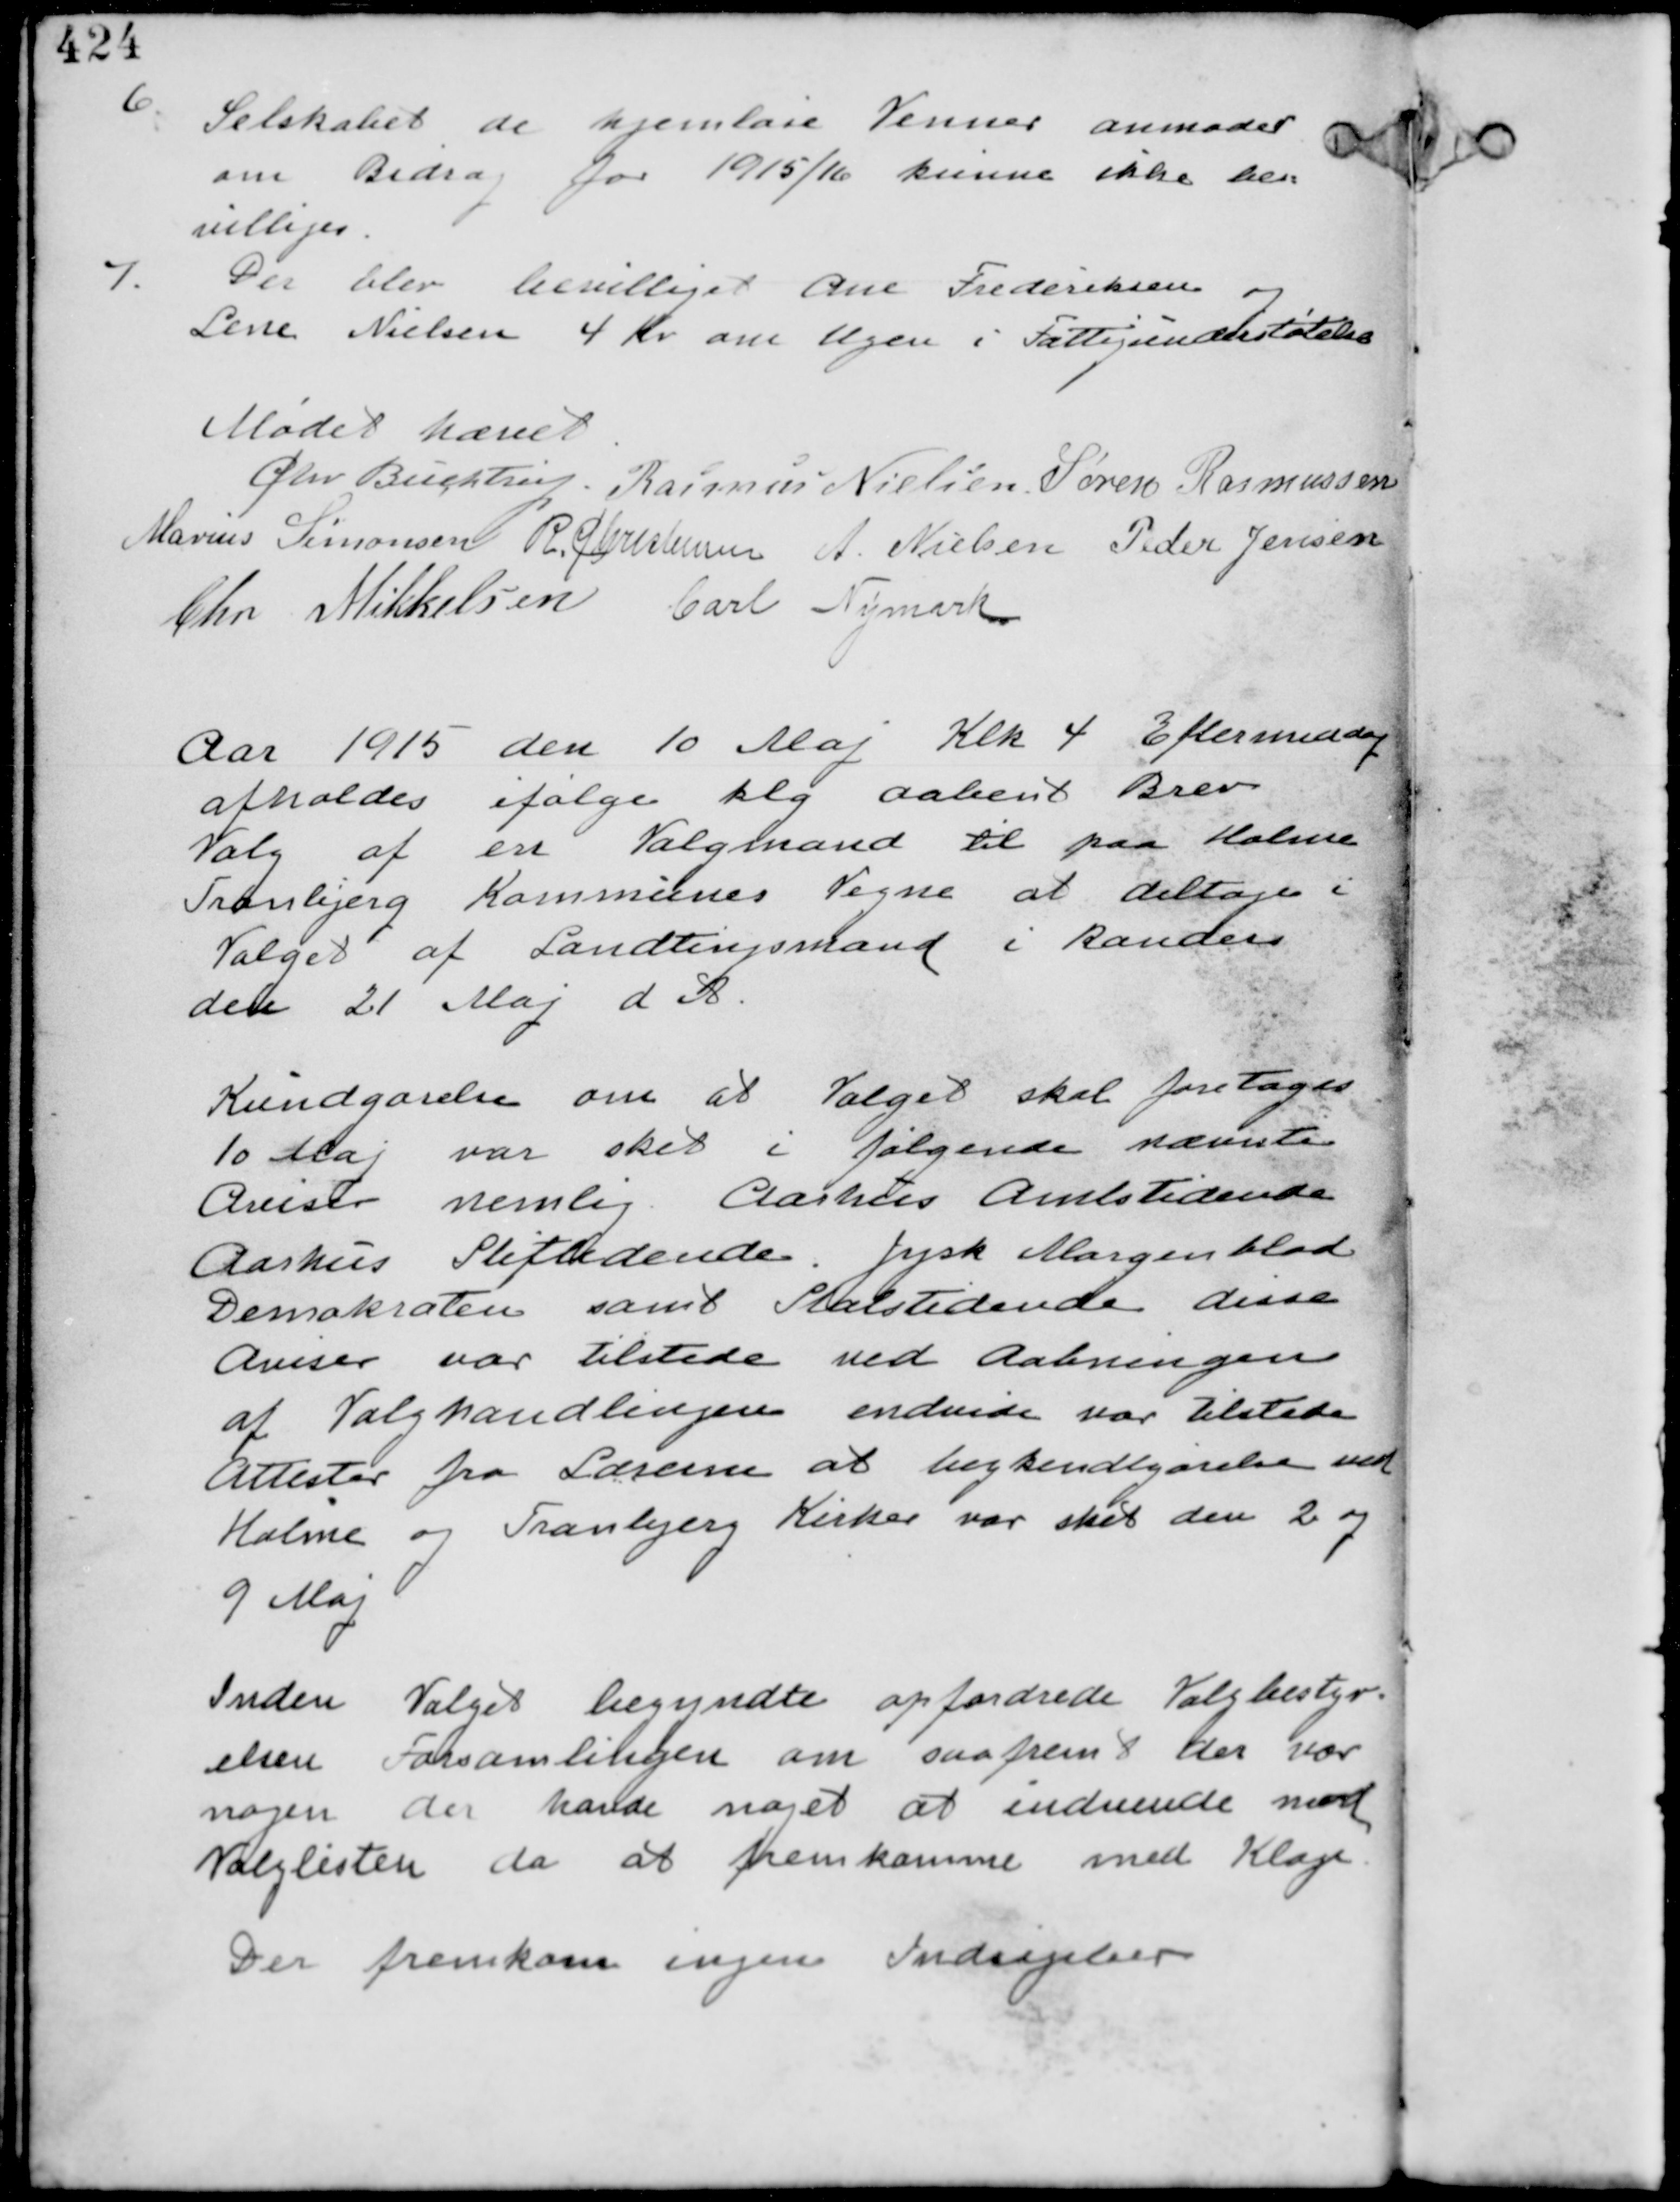
Transskription:
6.
Selskabet de hjemløse Venner anmoder
om Bidrag for 1915/16 kunne ikke be-
villiges.

7.
Der blev bevilliget Ane Frederiksen og
Lene Nielsen 4 Kr om Ugen i Fattigunderstøtelse

Mødet hævet
Chr Buchtrup. Rasmus Nielsen Søren Rasmussen
Marius Simonsen R Christensen Peder Jensen
Chr Mikkelsen Carl Nymark

Aar 1915 den 10 Maj Klk 4 Eftermiddag
afholdes ifølge klg aabent Brev
Valg af en Valgmand til paa Holme
Tranbjerg Kommunes Vegne at deltage i
Valget af Landstingsmand i Randers
den 21 Maj d A.

Kundgørelsen om at Valget skal foretages
10 Maj var sket i følgende nævnte
Aviser nemlig Aarhus Amtstidende
Aarhus Stifttidende Jysk Morgenblad
Demokraten samt Statstidende disse
Aviser var tilstede ved Aabningen
af Valghandlingen endvidere var tilstede
Attester fra Lærerne at begkendtgørelse ved
Holme og Tranbjerg Kirker var sket de 2 og
9 Maj.

Inden Valget begyndte opfordrede Valgbestyr-
elsen Forsamlingen om saafremt der var
nogen der havde noget at indvende mod
Valglisten da at fremkomme med Klage
Der fremkom ingen Indsigelser.